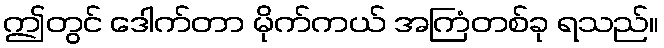
ဤတွင် ဒေါက်တာ မိုက်ကယ် အကြံတစ်ခု ရသည်။